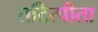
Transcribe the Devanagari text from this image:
तटित्पीता